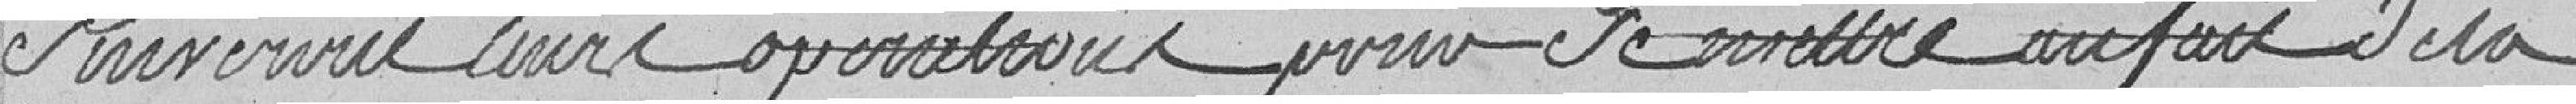
suivront les opérations pour se mettre au fait de la